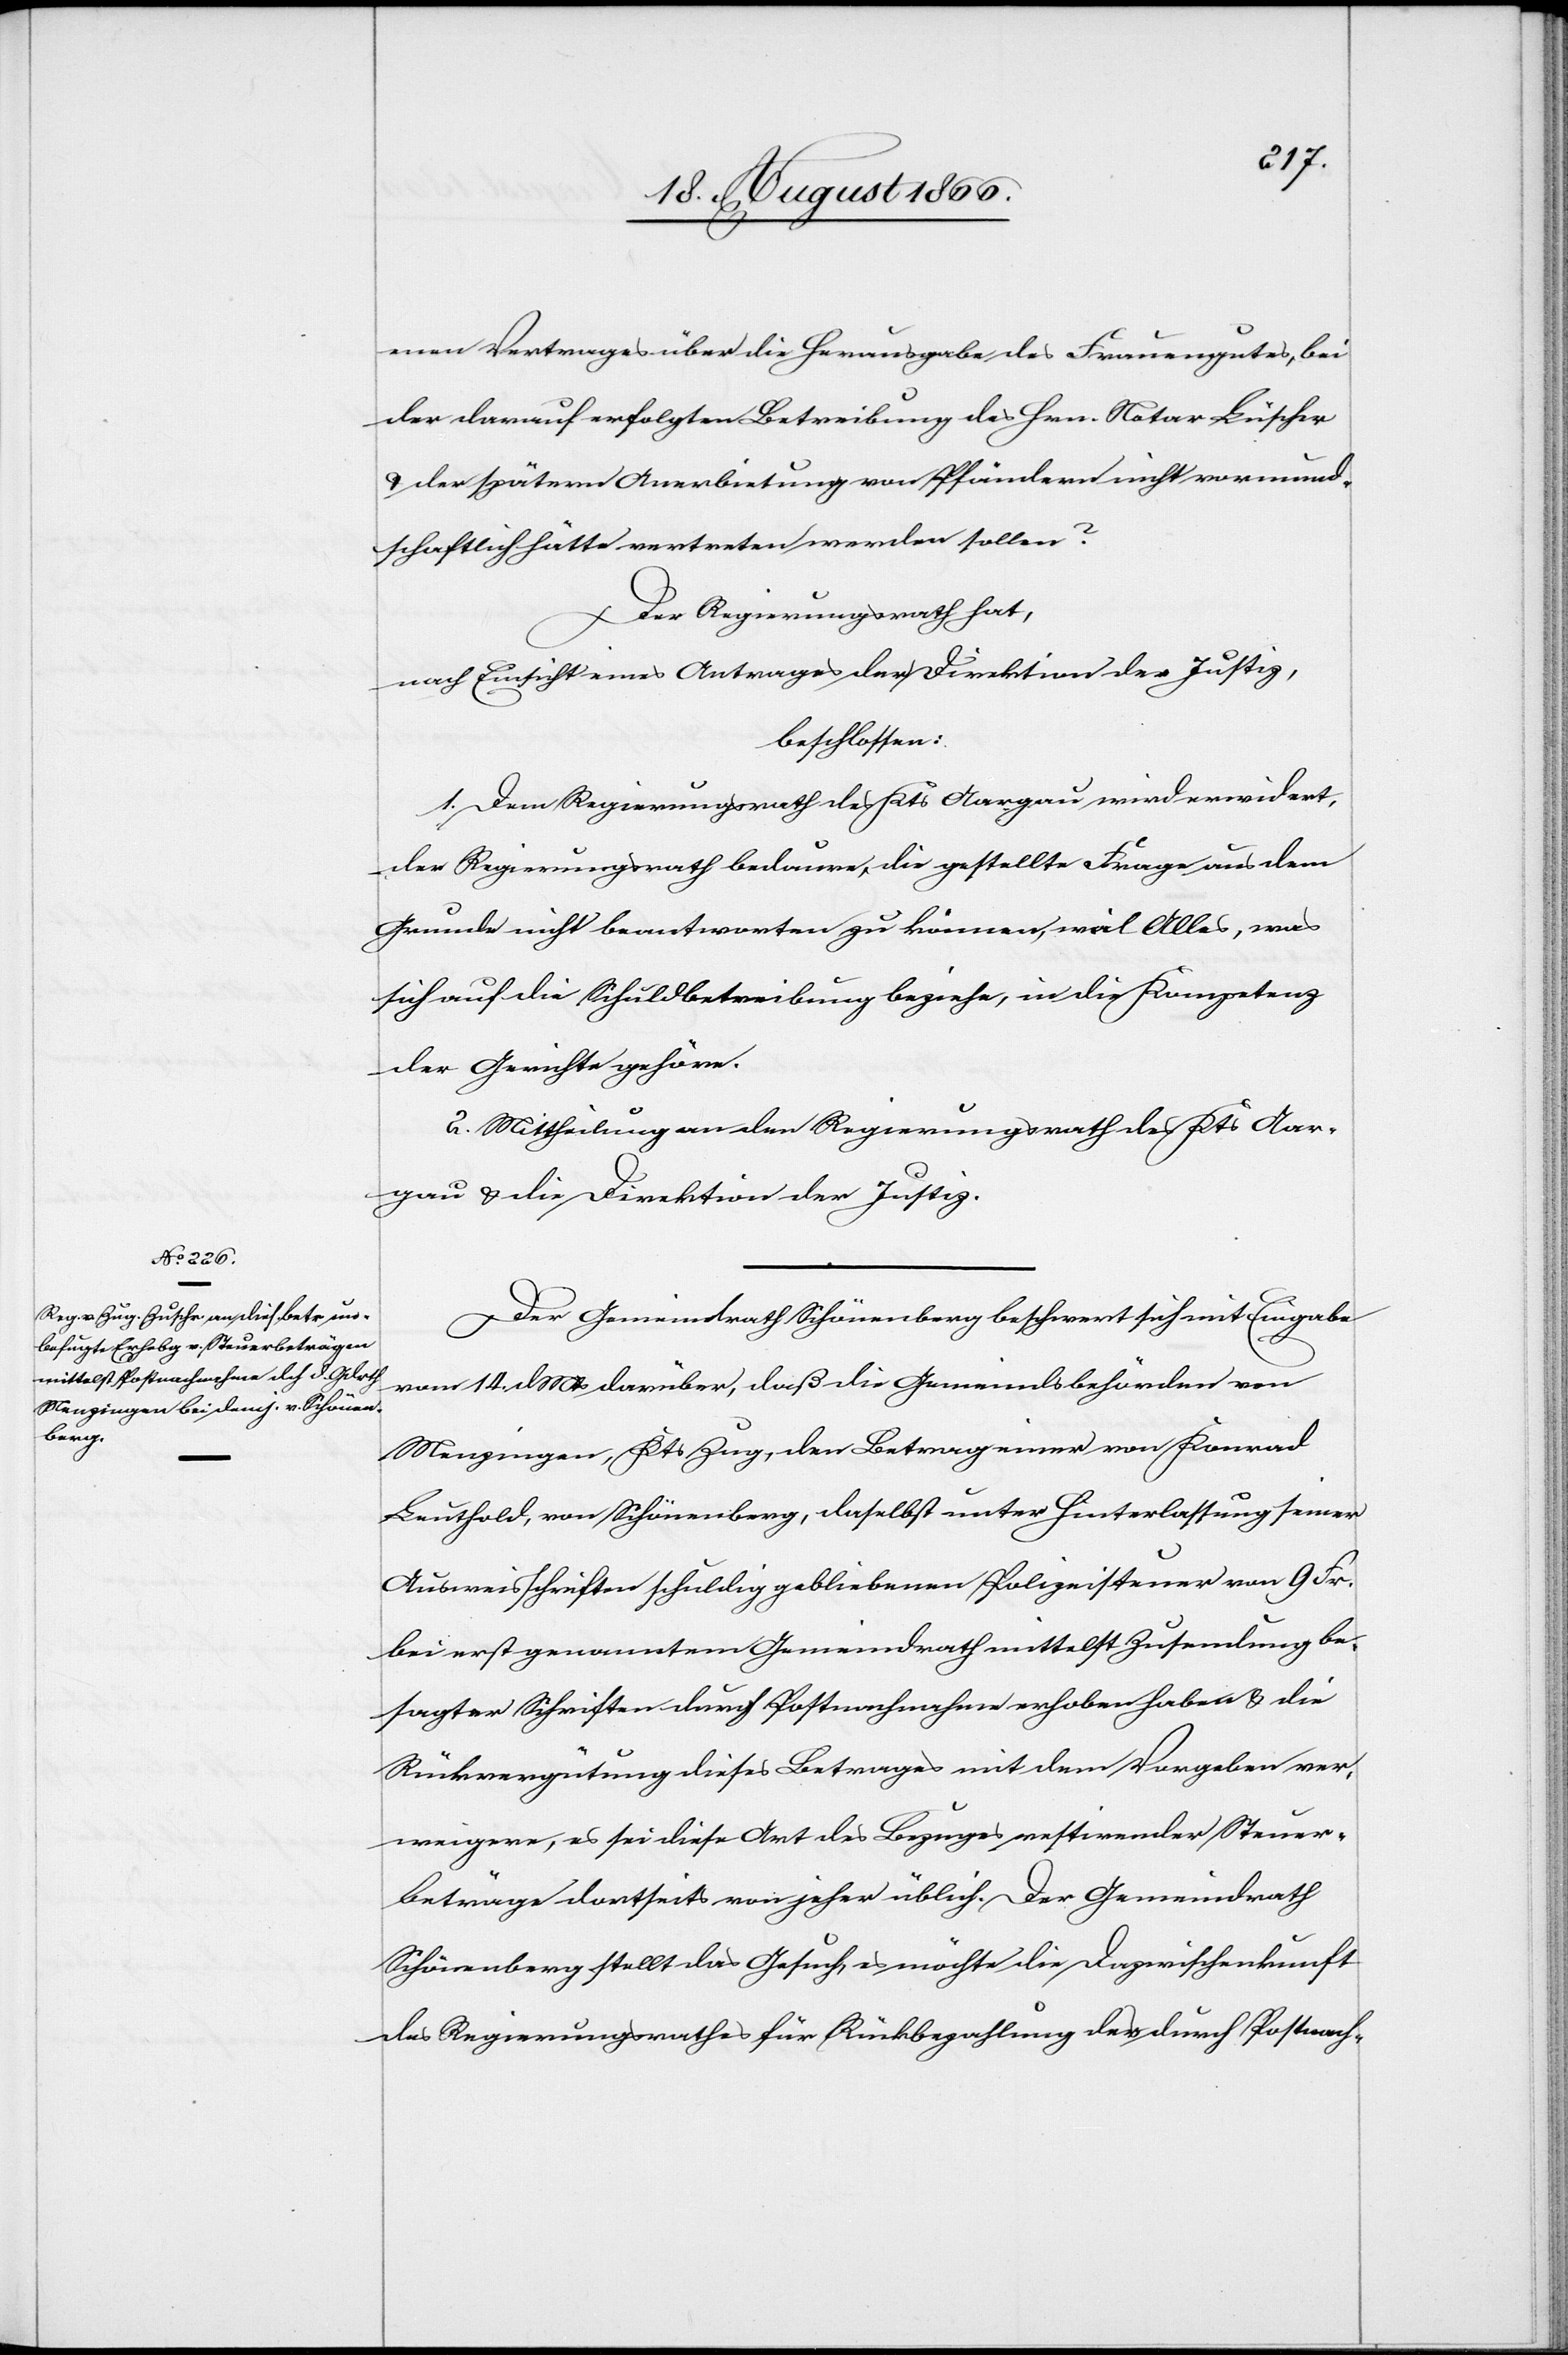
enen Vertrages über die Herausgabe des Frauengutes, bei
der darauf erfolgten Betreibung des Hrn. Notar Büscher
u. der spätern Anerbietung von Pfändern nicht vormund¬
schaftlich hätte vertreten werden sollen?
Der Regierungsrath hat,
nach Einsicht eines Antrages der Direktion der Justiz,
beschlossen:
1. Dem Regierungsrath des Kts. Aargau wird erwidert,
der Regierungsrath bedaure, die gestellte Frage aus dem
Grunde nicht beantworten zu können, weil Alles, was
sich auf die Schuldbetreibung beziehe, in die Kompetenz
der Gerichte gehöre.
2. Mittheilung an den Regierungsrath des Kts. Aar¬
gau u. die Direktion der Justiz.
Der Gemeindrath Schönenberg beschwert sich mit Eingabe
vom 14. dMts darüber, daß die Gemeindsbehörden von
Menzingen, Kts. Zug, den Betrag einer von Konrad
Leuthold, von Schönenberg, daselbst unter Hinterlassung seiner
Ausweisschriften[,] gebliebenen Polizeisteuer von 9 Fr.
bei erstgenanntem Gemeindrath mittelst Zusendung be¬
sagter Schriften durch Postnachnahme erhoben haben u. die
Rückvergütung dieses Betrages mit dem Vorgeben ver¬
weigere, es sei diese Art des Bezuges restirender Steuer¬
beträge dortseits von jeher üblich. Der Gemeindrath
Schönenberg stellt das Gesuch, es möchte die Dazwischenkunft
des Regierungsrathes für Rückbezahlung des durch Postnach-